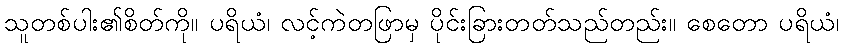
သူတစ်ပါး၏စိတ်ကို။ ပရိယံ၊ လင့်ကဲတဖြာမှ ပိုင်းခြားတတ်သည်တည်း။ စေတော ပရိယံ၊